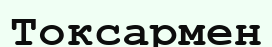
Токсармен